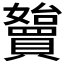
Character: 𡤓